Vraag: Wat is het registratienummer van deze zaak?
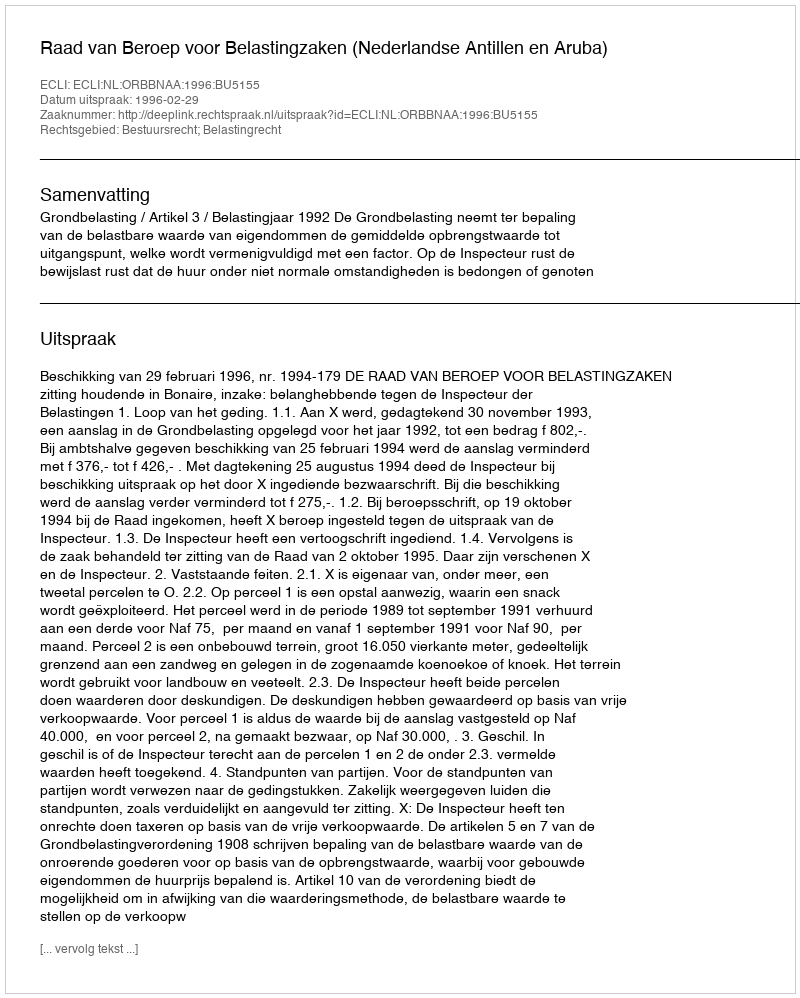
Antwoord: http://deeplink.rechtspraak.nl/uitspraak?id=ECLI:NL:ORBBNAA:1996:BU5155